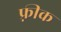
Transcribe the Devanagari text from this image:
फ़्रीक